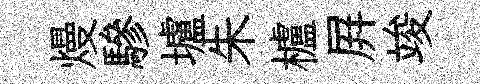
熳驂壚朱櫨屛竣